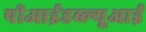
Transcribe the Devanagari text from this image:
पीआईडब्ल्यूआई